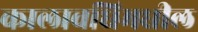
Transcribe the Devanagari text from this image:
कालावधिमधील